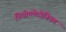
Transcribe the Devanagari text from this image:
नियोप्लेटोनिज्म